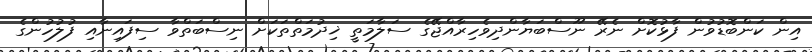
އިން ކަންބޮޑުވުން ފާޅުކޮށް ނެރޭ ނޫސްބަޔާންދިވެހިރާއްޖޭގެ ސަލާމަތީ ޚިދުމަތްތަކަށް ނިސްބަތްވާ ސިފައިނާއި ފުލުހުންގެ